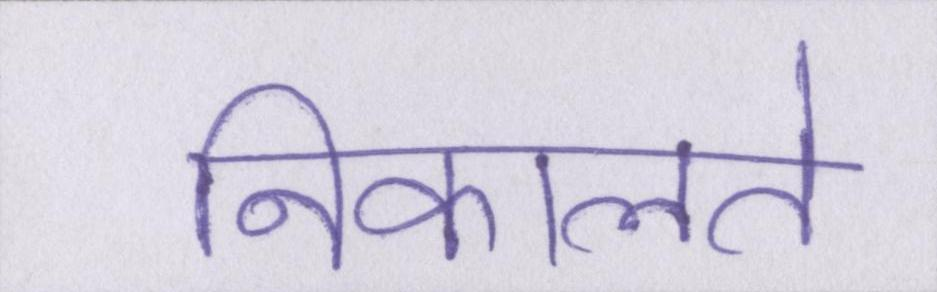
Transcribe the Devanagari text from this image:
निकालते